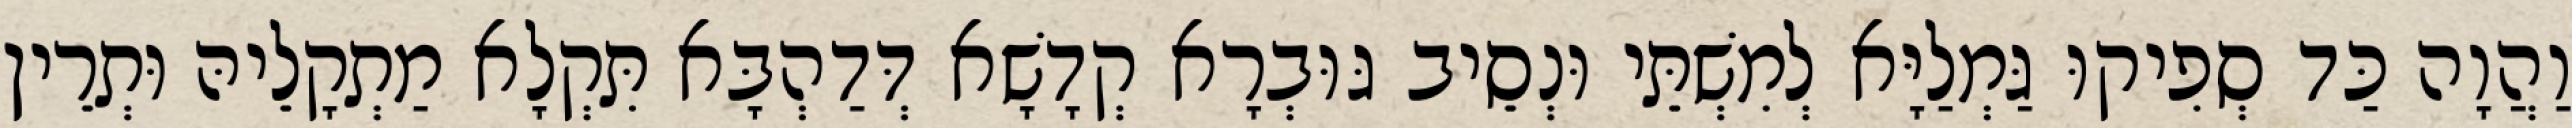
וַהֲוָה כַּד סְפִיקוּ גַּמְלַיָּא לְמִשְׁתֵּי וּנְסֵיב גּוּבְרָא קְדָשָׁא דְּדַהְבָּא תִּקְלָא מַתְקָלֵיהּ וּתְרֵין